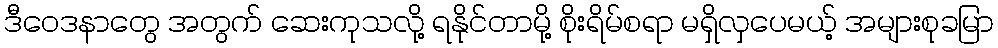
ဒီဝေဒနာတွေ အတွက် ဆေးကုသလို့ ရနိုင်တာမို့ စိုးရိမ်စရာ မရှိလှပေမယ့် အများစုခမြာ